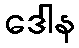
ဒေါန